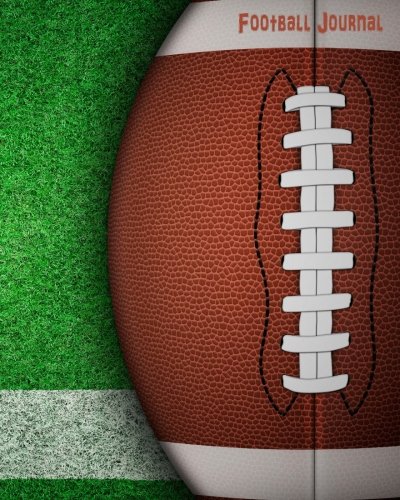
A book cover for Football Journal; Kooky Journal Lovers; Self-Help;